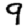
Digit: 9